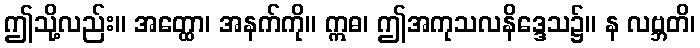
ဤသို့လည်း။ အတ္ထော၊ အနက်ကို။ ဣဓ၊ ဤအကုသလနိဒ္ဒေသ၌။ န လဗ္ဘတိ၊